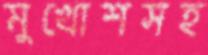
মুখোশসহ